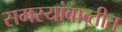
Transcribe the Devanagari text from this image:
समस्यांबाब्तीत